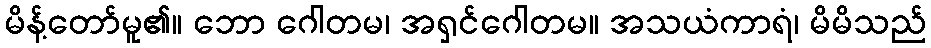
မိန့်တော်မူ၏။ ဘော ဂေါတမ၊ အရှင်ဂေါတမ။ အသယံကာရံ၊ မိမိသည်